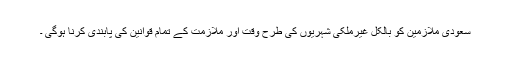
سعودی ملازمین کو بالکل غیرملکی شہریوں کی طرح وقت اور ملازمت کے تمام قوانین کی پابندی کرنا ہوگی ۔